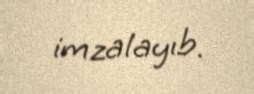
imzalayıb.